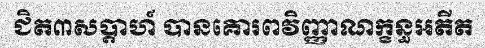
ជិត៣សប្តាហ៍ បានគោរពវិញ្ញាណក្ខន្ធអតីត